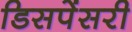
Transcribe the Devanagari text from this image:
डिसपेंसरी